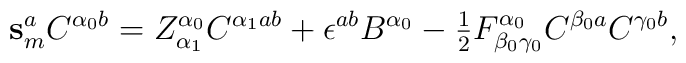
\mathbf{s}_m^a C^{\alpha_0 b} = Z^{\alpha_0}_{\alpha_1} C^{\alpha_1 ab} +\epsilon^{ab} B^{\alpha_0} -\hbox{$\frac{1}{2}$} F^{\alpha_0}_{\beta_0 \gamma_0} C^{\beta_0 a} C^{\gamma_0 b},